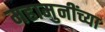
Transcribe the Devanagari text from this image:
महामुनींच्या